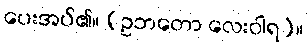
ပေးအပ်၏။ (ဥဘတော လေးဝါရ)။